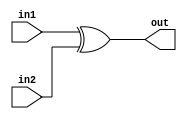
module exor(out,in1,in2);
	input in1,in2;
	output out;
	xor _xor(out,in1,in2);
endmodule